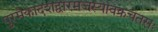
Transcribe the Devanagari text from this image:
पुरमेकादशद्वारमजस्यावक्रचेतसः